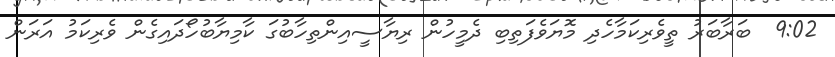
9:02  ބަރާބަރު ތީވެރިކަމާހެދި މޮޔަވެފަތިބި ދެމީހުން ރިޔާސީއިންތިހާބުގަ ކާމިޔާބުހޯދައިގެން ވެރިކަމު އަރަން